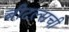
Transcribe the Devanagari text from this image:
बीटल्सची